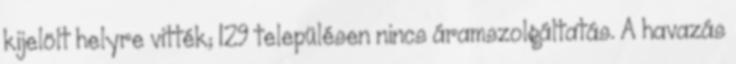
kijelölt helyre vitték; 129 településen nincs áramszolgáltatás. A havazás